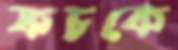
ফচকে